General report no. 6 on the lunatic asylums, vaccination and dispensaries in the Bengal Presidency, 1873 -
Year: 1873
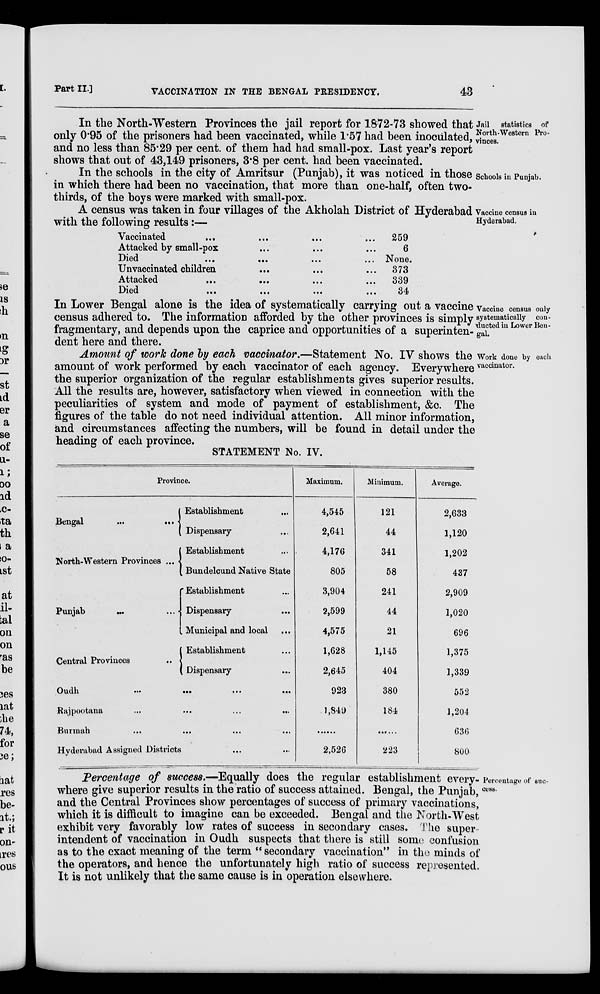
Part II.]
VACCINATION IN THE BENGAL PRESIDENCY.
43
Jail statistics of
North-Western Pro-
vinces.
In the North-Western Provinces the jail report for 1872-73 showed that
only 0.95 of the prisoners had been vaccinated, while 1.57 had been inoculated,
and no less than 85.29 per cent. of them had had small-pox. Last year's report
shows that out of 43,149 prisoners, 3.8 per cent. had been vaccinated.
Schools in Punjab.
In the schools in the city of Amritsur (Punjab), it was noticed in those
in which there had been no vaccination, that more than one-half, often two-
thirds, of the boys were marked with small-pox.
Vaccine census in
Hyderabad.
A census was taken in four villages of the Akholah District of Hyderabad
with the following results:—
Vaccinated ... ... ... ...
Attacked by small-pox ... ... ...
Died ... ... ... ...
Unvaccinated children ... ... ...
Atttacked
...
...
...
...
...
Died
...
...
...
...
...
259
6
None.
373
339
34
Vaccine census only
systematically con-
ducted in Lower Ben-
gal.
In Lower Bengal alone is the idea of systematically carrying out a vaccine
census adhered to. The information afforded by the other provinces is simply
fragmentary, and depends upon the caprice and opportunities of a superinten-
dent here and there.
Work done by each
vaccinator.
Amount of work done by each vaccinator.—Statement No. IV shows the
amount of work performed by each vaccinator of each agency. Everywhere
the superior organization of the regular establishments gives superior results.
All the results are, however, satisfactory when viewed in connection with the
peculiarities of system and mode of payment of establishment, &c. The
figures of the table do not need individual attention. All minor information,
and circumstances affecting the numbers, will be found in detail under the
heading of each province.
STATEMENT No. IV.
Province.
Bengal
...
...
North-Western Provinces ...
Punjab ... ...
Central Provinces ...
Establishment ...
Dispensary ...
Establishment ...
Bundelcund Native State
Establishment ...
Dispensary ...
Municipal and local ...
Establishment ...
Dispensary ...
Oudh
...
...
...
...
Rajpootana
...
...
...
...
Burmah ... ... ... ...
Hyderabad Assigned Districts ... ...
Maximum.
4,545
2,641
4,176
805
3,904
2,599
4,575
1,628
2,645
923
1,849
......
2,526
Minimum.
121
44
341
58
241
44
21
1,145
404
380
184
......
223
Average.
2,633
1,120
1,202
437
2,909
1,020
696
1,375
1,339
552
1,204
636
800
Percentage of suc-
cess.
Percentage of success.—Equally does the regular establishment every-
where give superior results in the ratio of success attained. Bengal, the Punjab,
and the Central Provinces show percentages of success of primary vaccinations,
which it is difficult to imagine can be exceeded. Bengal and the North-West
exhibit very favorably low rates of success in secondary cases. The super-
intendent of vaccination in Oudh suspects that there is still some confusion
as to the exact meaning of the term " secondary vaccination" in the minds of
the operators, and hence the unfortunately high ratio of success represented.
It is not unlikely that the same cause is in operation elsewhere.